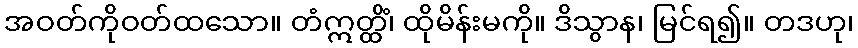
အဝတ်ကိုဝတ်ထသော။ တံဣတ္ထိံ၊ ထိုမိန်းမကို။ ဒိသွာန၊ မြင်ရ၍။ တဒဟု၊